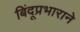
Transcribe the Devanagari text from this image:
बिंदूप्रभाराने